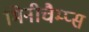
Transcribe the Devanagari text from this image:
मिनीचैम्प्स